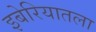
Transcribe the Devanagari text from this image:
इबेरियातला